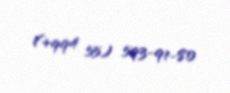
(+994 55) 593-91-80